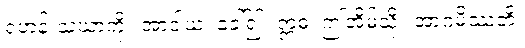
ရဟန်းသံဃာကို။ အာဒါယ၊ ခေါ်၍။ ဣဓ၊ ဤအိမ်သို့။ အာဂမိဿတိ၊